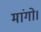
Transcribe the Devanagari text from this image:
मांगो।